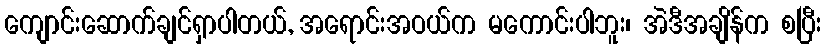
ကျောင်းဆောက်ချင်ရှာပါတယ်, အရောင်းအဝယ်က မကောင်းပါဘူး၊ အဲဒီအချိန်က စပြီး